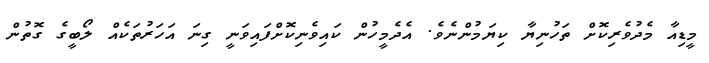
މީޑިއާ މެދުވެރިކޮށް ތަހުނިޔާ ކިޔަމުންނެވެ. އެދެމީހުން ކައިވެނިކޮށްފައިވަނީ ގިނަ އަހަރުތަކެއް ލޯބީގެ ގޮތުން